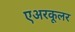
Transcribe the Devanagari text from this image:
एअरकूलर